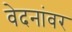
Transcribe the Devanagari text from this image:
वेदनांवर